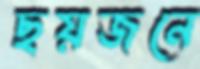
ছয়জনে